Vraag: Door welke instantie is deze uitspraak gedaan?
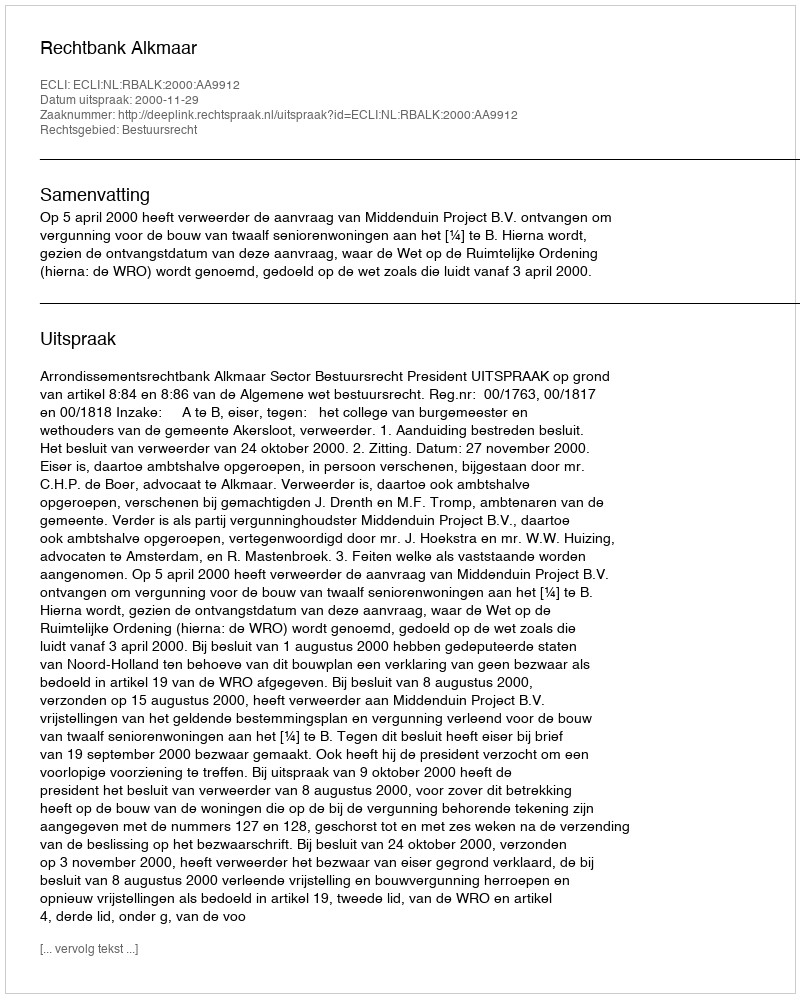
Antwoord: Rechtbank Alkmaar